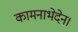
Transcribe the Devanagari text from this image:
कामनाभेदेन।